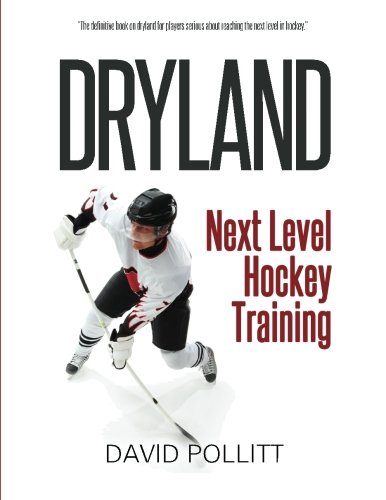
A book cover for Dryland: Next Level Hockey Training; David Pollitt; Sports & Outdoors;